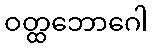
ဝတ္ထဘောဂေါ